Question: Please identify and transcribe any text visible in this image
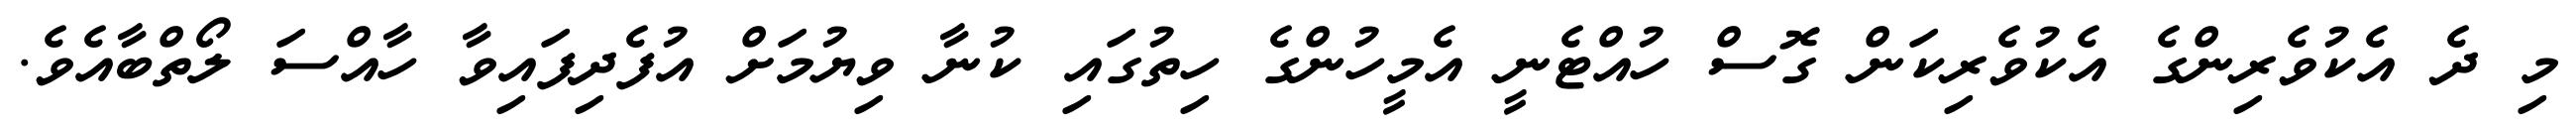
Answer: މި ދެ އެކުވެރިންގެ އެކުވެރިކަން ގޮސް ހުއްޓެނީ އެމީހުންގެ ހިތުގައި ކުނާ ވިޔުމަށް އުފެދިފައިވާ ހާއްސަ ލޯތްބާއެވެ.